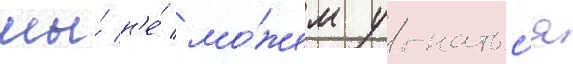
мы́ н'е́ мо́жем угнатьс'я